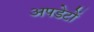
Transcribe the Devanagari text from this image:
अपडेटों